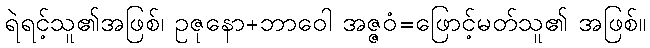
ရဲရင့်သူ၏အဖြစ်၊ ဥဇုနော+ဘာဝေါ အဇ္ဇဝံ=ဖြောင့်မတ်သူ၏ အဖြစ်။